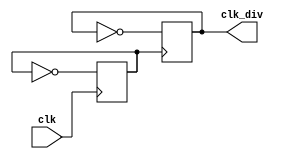
`timescale 1ns / 1ns

module clock_div4(output reg clk_div = 0, input clk);

reg clock_div2 = 0;

always @(posedge clk)
begin
    clock_div2 = ~clock_div2; 
end

always @(posedge clock_div2)
begin
    clk_div = ~clk_div;
end

endmodule